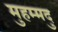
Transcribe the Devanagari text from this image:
मुहम्मदु